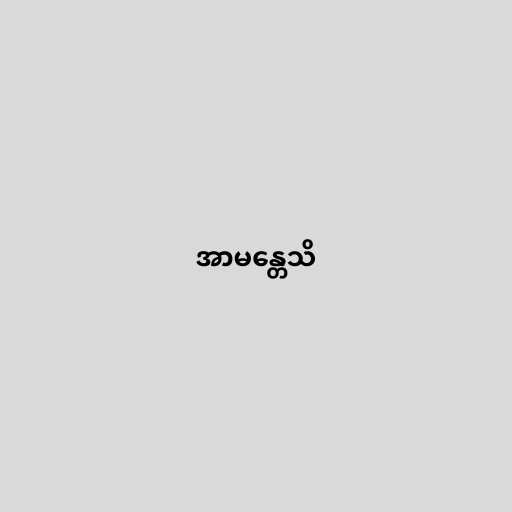
အာမန္တေသိ